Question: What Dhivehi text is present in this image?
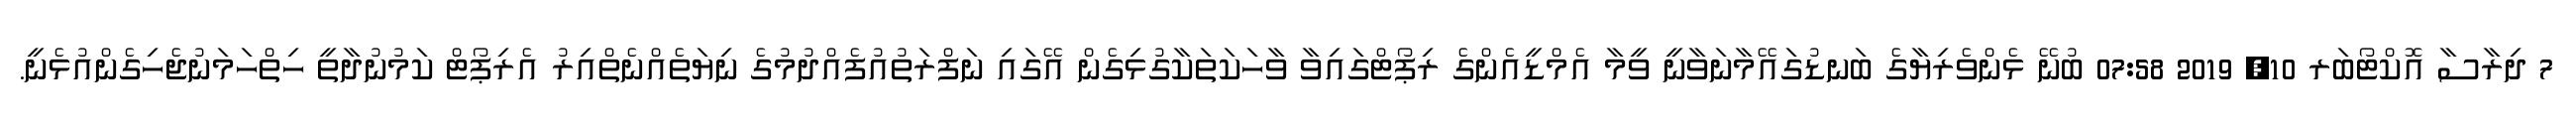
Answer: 7 ދިރާސާ އޮކްޓޯބަރ 10, 2019 07:58 ބުނޭ ޅެންވެރިޔާގެ ބަނޑުގައޭމާނަވާނީ ވީމާ އެމްޑީއެންގެ ރިޕޯޓްގައިވާ ވާހަކަތަކާގުޅިގެން އޭގައި ނަފްރަތުއުފެއްދުމުގެ ނިޔަތެއްނެތްއިރު އެރިޕޯޓް ކަމުނުދާތީ ހިތްހަމަނުޖެހިގެންއުޅެނީ.